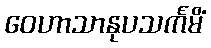
ဝေဟာသာနုပသင်္ကမိံ